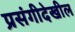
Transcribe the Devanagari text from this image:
प्रसंगीदेखील